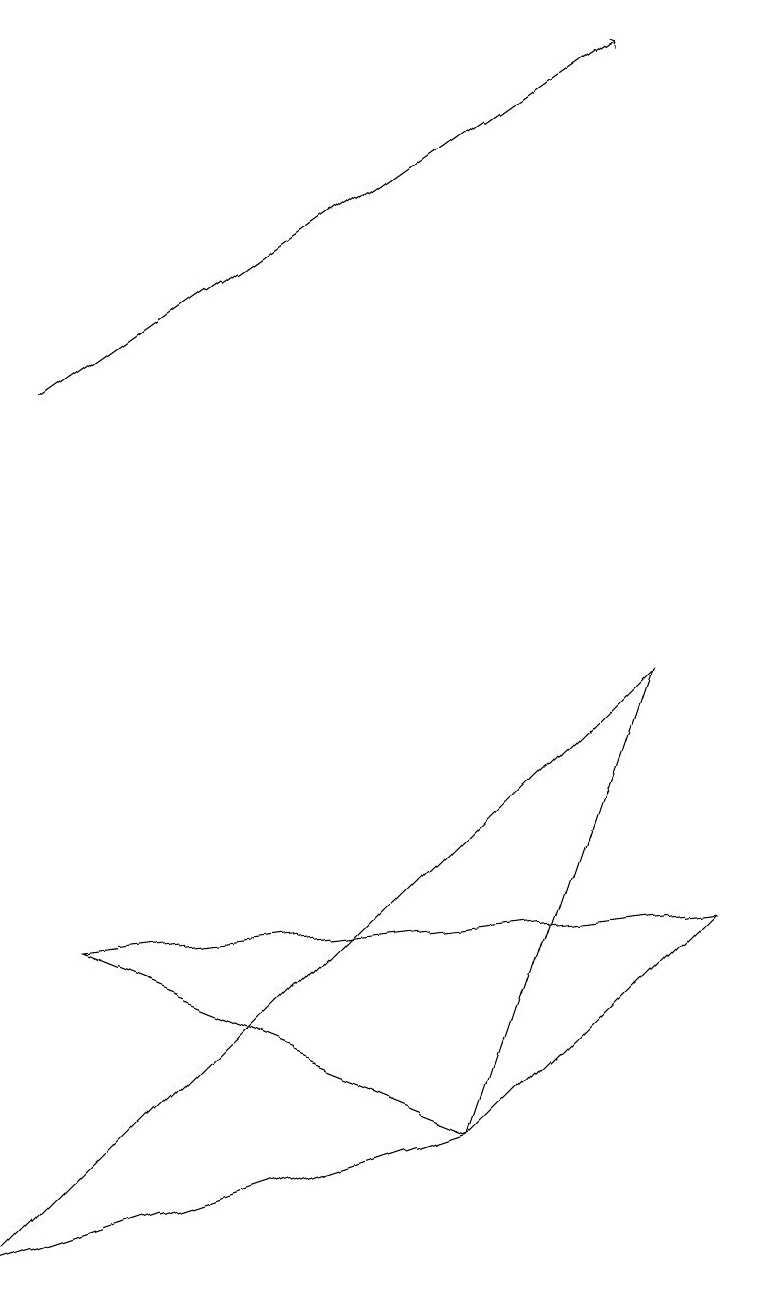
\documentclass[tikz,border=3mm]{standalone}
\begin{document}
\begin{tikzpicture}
\draw (6,2) -- (0,0) -- (8,8) -- cycle;
\draw (6,2) -- (1,4) -- (9,5) -- cycle;
\draw[->] (0,11) -- (7,16);
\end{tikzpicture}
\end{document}